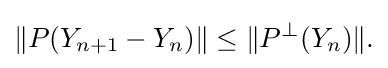
\displaystyle {\|P(Y_{n+1}-Y_{n})\|\leq \|P^{\perp }(Y_{n})\|.}